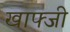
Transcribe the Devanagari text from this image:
खाफ्जी